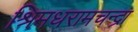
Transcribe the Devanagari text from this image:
श्रिमधरामचन्द्रा